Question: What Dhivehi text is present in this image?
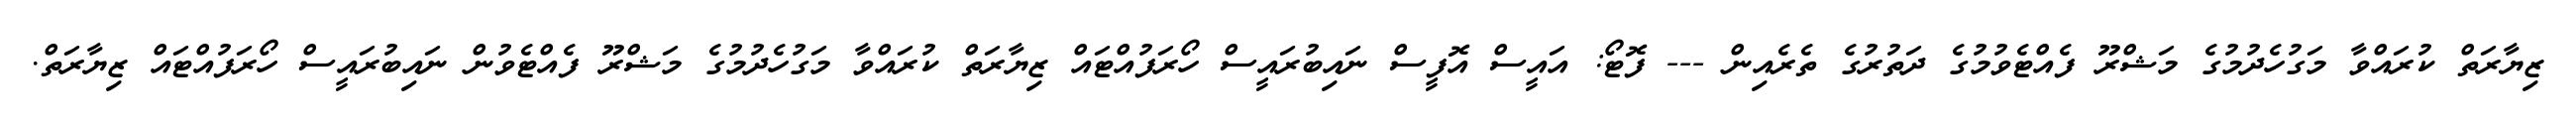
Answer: ޒިޔާރަތް ކުރައްވާ މަގުހެދުމުގެ މަޝްރޫ ފެއްޓެވުމުގެ ދަތުރުގެ ތެރެއިން --- ފޮޓޯ: އައީސް އޮފީސް ނައިބުރައީސް ހޯރަފުއްޓައް ޒިޔާރަތް ކުރައްވާ މަގުހެދުމުގެ މަޝްރޫ ފެއްޓެވުން ނައިބުރައީސް ހޯރަފުއްޓައް ޒިޔާރަތް.